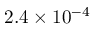
2 . 4 \times 1 0 ^ { - 4 }